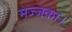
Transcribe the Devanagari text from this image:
मज्जका।